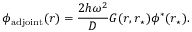
\phi _ { \mathrm { a d j o i n t } } ( \boldsymbol { r } ) = \frac { 2 h \omega ^ { 2 } } { D } G ( \boldsymbol { r } , \boldsymbol { r } _ { \star } ) \phi ^ { * } ( \boldsymbol { r } _ { \star } ) .